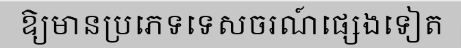
ឱ្យមានប្រភេទទេសចរណ៍ផ្សេងទៀត